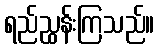
ရည်ညွှန်းကြသည်။